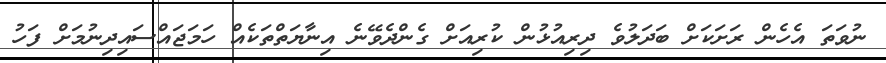
ނުވަތަ އެހެން ރަށަކަށް ބަދަލުވެ ދިރިއުޅުން ކުރިއަށް ގެންދެވޭނެ އިނާޔަތްތަކެއް ހަމަޖައްސައިދިނުމަށް ފަހު